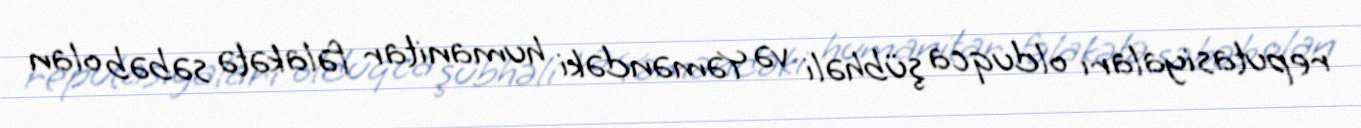
reputasiyaları olduqca şübhəli və Yəməndəki humanitar fəlakətə səbəb olan